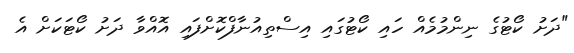
"ދަށު ކޯޓުގެ ނިންމުމެއް ހައި ކޯޓުގައި އިސްތިއުނާފްކޮށްފައި އޮއްވާ ދަށު ކޯޓަކަށް އެ